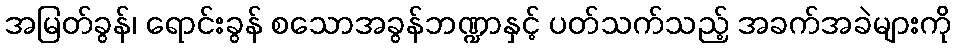
အမြတ်ခွန်၊ ရောင်းခွန် စသောအခွန်ဘဏ္ဍာနှင့် ပတ်သက်သည့် အခက်အခဲများကို